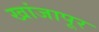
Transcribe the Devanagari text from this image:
खांजापूर